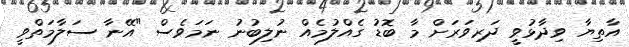
އާތިޔާ ވިދާޅުވީ ދަރިވަރަށް މާ ބޮޑު ގެއްލުމެއް ނުލިބުނު ނަމަވެސް "އޭނާ ސަލާމަތްވީ